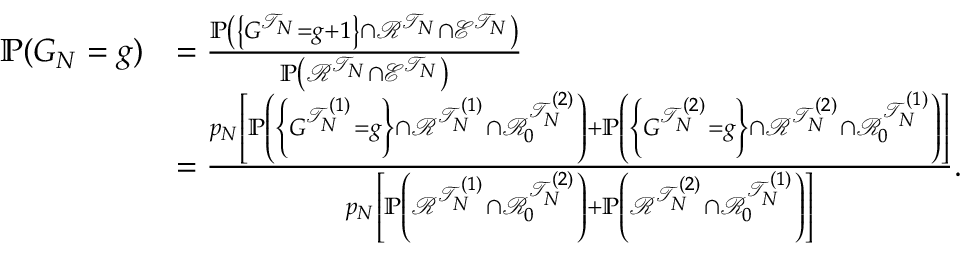
\begin{array} { r l } { \mathbb { P } ( G _ { N } = g ) } & { = \frac { \mathbb { P } \left( \left\{ G ^ { \mathcal { T } _ { N } } = g + 1 \right\} \cap \mathcal { R } ^ { \mathcal { T } _ { N } } \cap \mathcal { E } ^ { \mathcal { T } _ { N } } \right) } { \mathbb { P } \left( \mathcal { R } ^ { \mathcal { T } _ { N } } \cap \mathcal { E } ^ { \mathcal { T } _ { N } } \right) } } \\ & { = \frac { p _ { N } \left[ \mathbb { P } \left( \left\{ G ^ { \mathcal { T } _ { N } ^ { ( 1 ) } } = g \right\} \cap \mathcal { R } ^ { \mathcal { T } _ { N } ^ { ( 1 ) } } \cap \mathcal { R } _ { 0 } ^ { \mathcal { T } _ { N } ^ { ( 2 ) } } \right) + \mathbb { P } \left( \left\{ G ^ { \mathcal { T } _ { N } ^ { ( 2 ) } } = g \right\} \cap \mathcal { R } ^ { \mathcal { T } _ { N } ^ { ( 2 ) } } \cap \mathcal { R } _ { 0 } ^ { \mathcal { T } _ { N } ^ { ( 1 ) } } \right) \right] } { p _ { N } \left[ \mathbb { P } \left( \mathcal { R } ^ { \mathcal { T } _ { N } ^ { ( 1 ) } } \cap \mathcal { R } _ { 0 } ^ { \mathcal { T } _ { N } ^ { ( 2 ) } } \right) + \mathbb { P } \left( \mathcal { R } ^ { \mathcal { T } _ { N } ^ { ( 2 ) } } \cap \mathcal { R } _ { 0 } ^ { \mathcal { T } _ { N } ^ { ( 1 ) } } \right) \right] } . } \end{array}